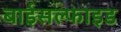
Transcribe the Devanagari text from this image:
बाईसल्फाइड